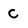
Character: C